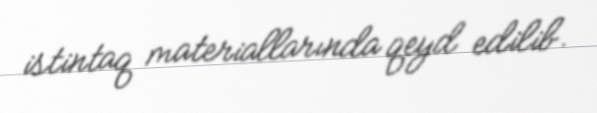
istintaq materiallarında qeyd edilib.